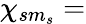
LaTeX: \chi_{sm_{s}}=